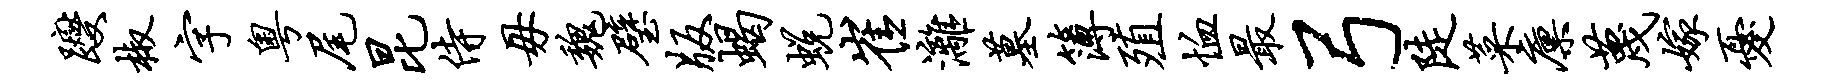
躞椒字粤尾昆侍毋魏璧版蝎蜕崔漓墓簿殖恤最弓陡菜廪蔑嫁忧